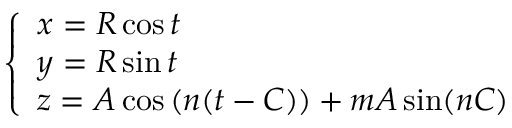
\left\{ \begin{array} { l } { x = R \cos t } \\ { y = R \sin t } \\ { z = A \cos \mathrm { ( } n ( t - C ) ) + m A \sin ( n C ) } \end{array} \right.